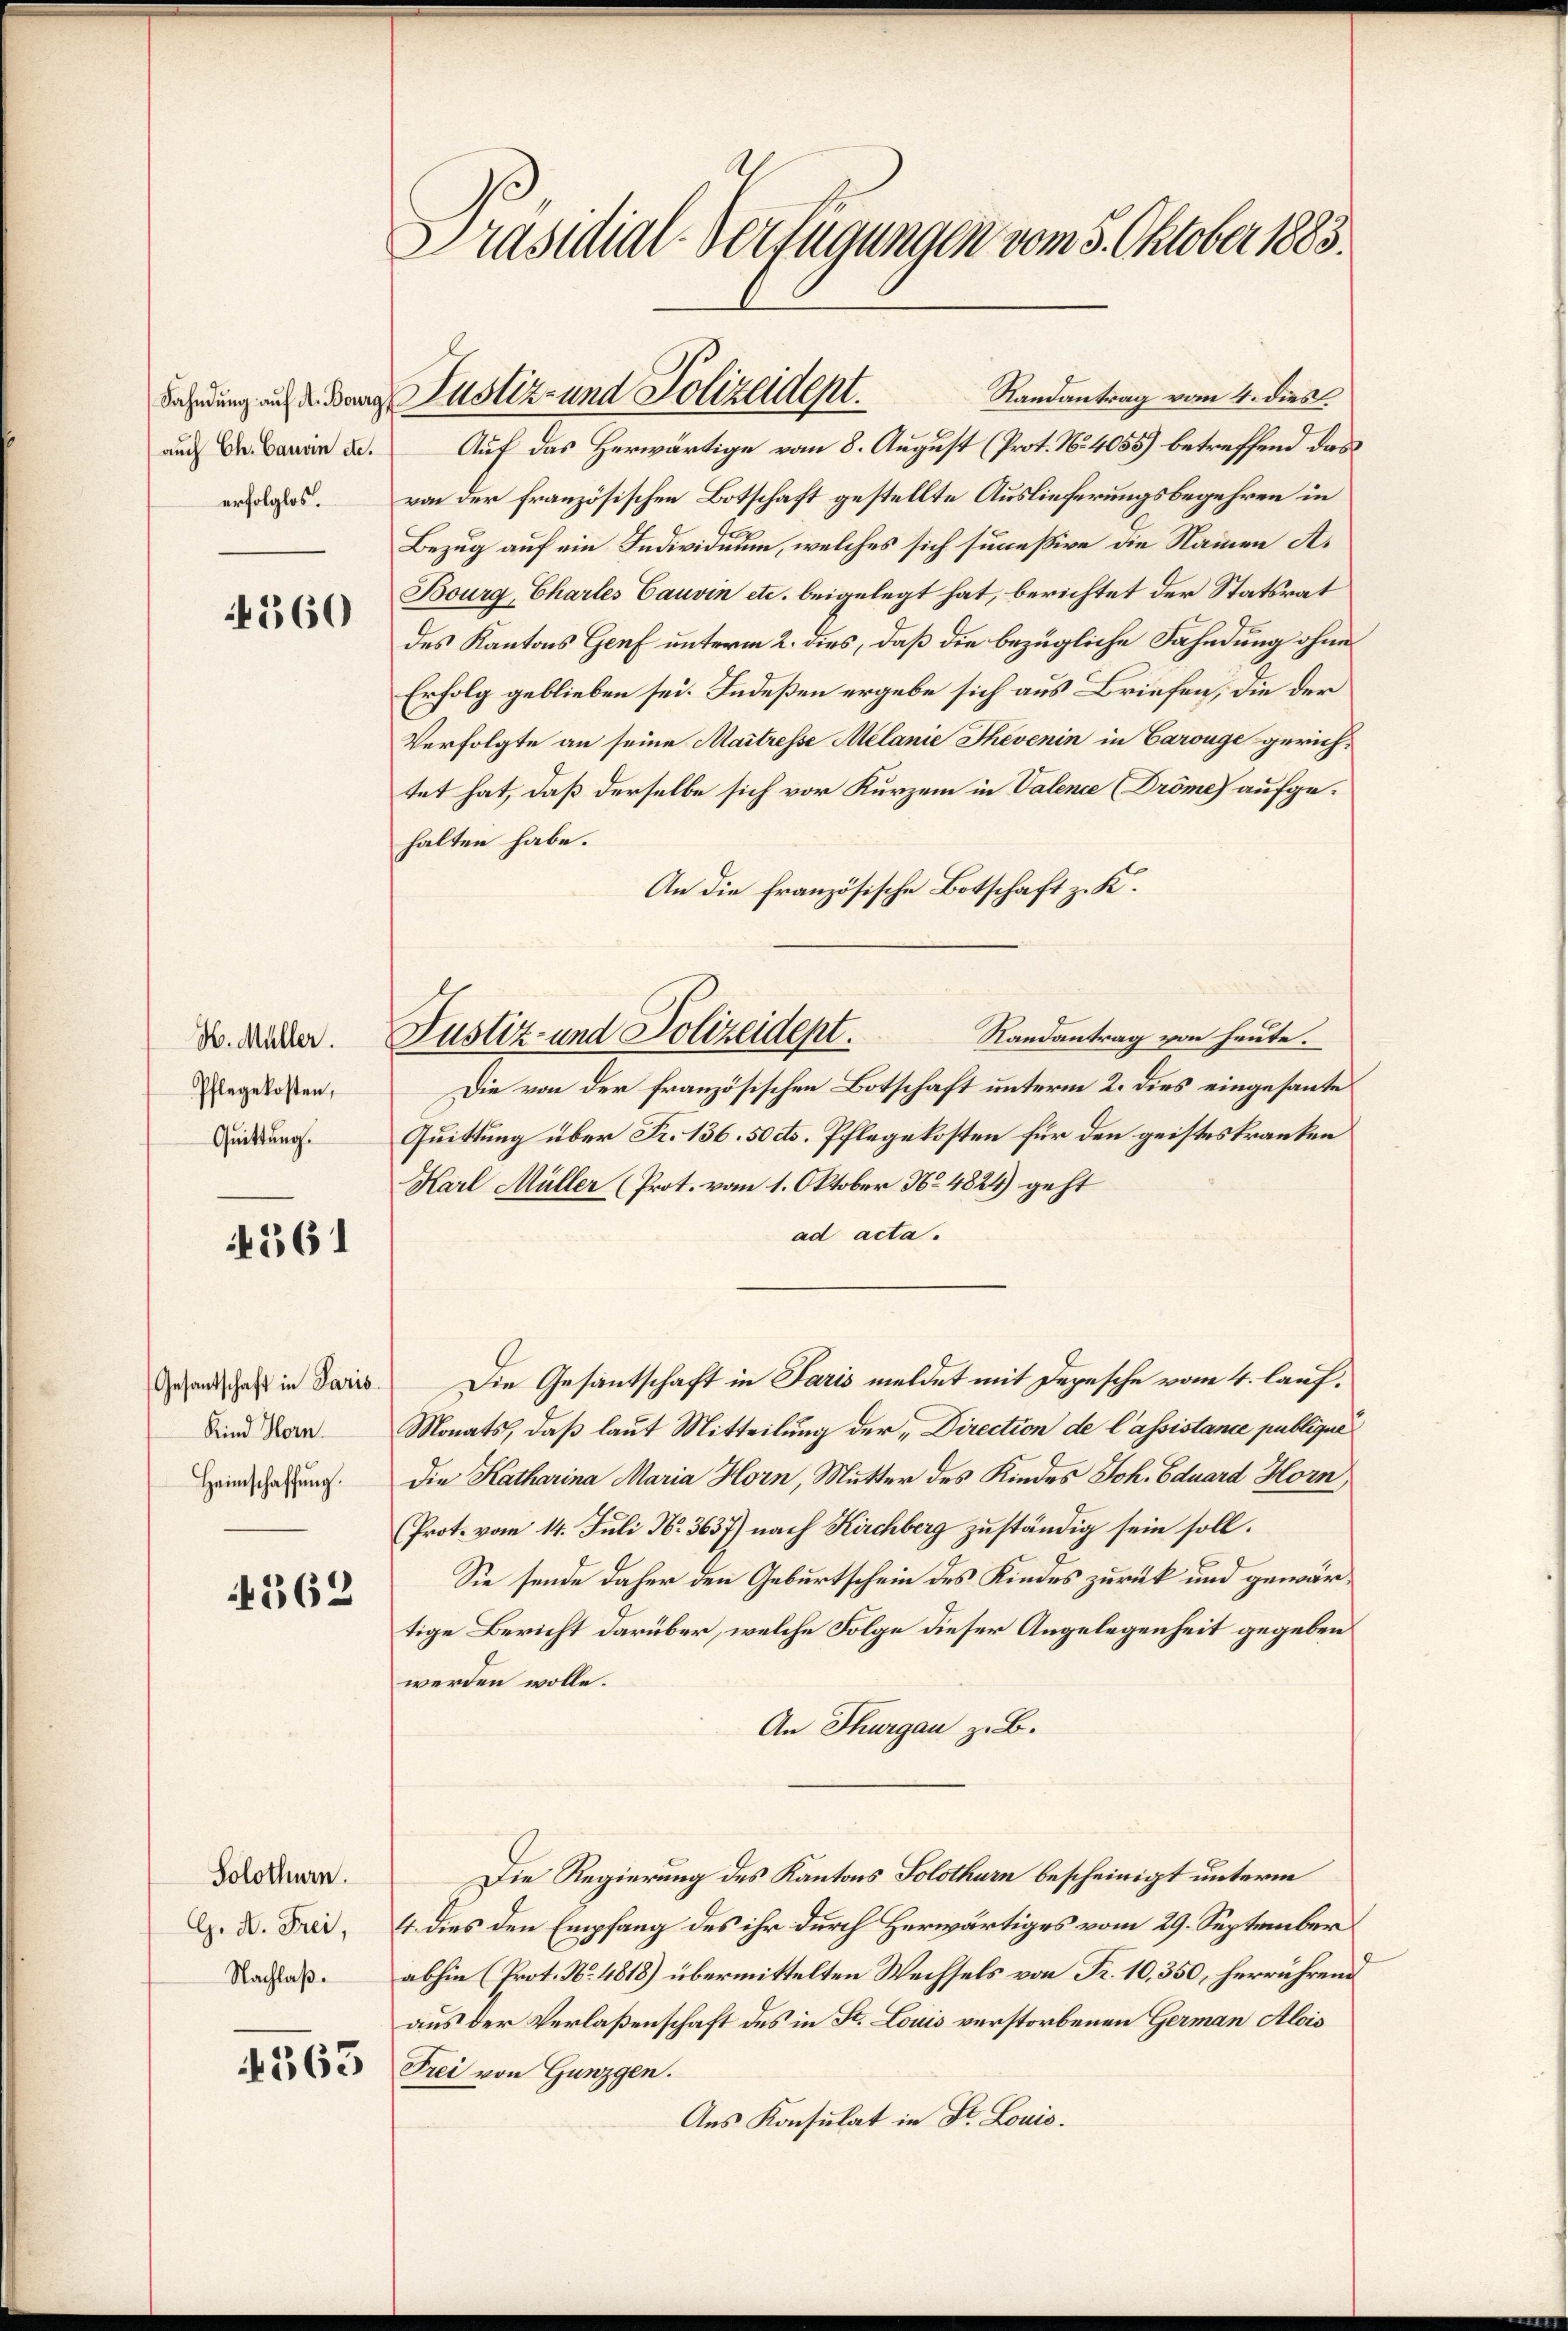
auch Ch. Canon etc.
erfolglos.

4360

H. Müller.
Pflegekosten,
Quittung.

561

Gesantschaft in Paris
Kind Horn
Heimschaffung.

4362

Solothurn.
G. A. Frei,
Nachlaß.

4563

Präsidial-Verfügungen vom 5. Oktober 1883.

Randantrag vom 4. dies
Auf das Herwärtige vom 8. August (Prot. No. 4055) betreffend das
von der Französischen Botschaft gestellte Auslieferungsbegehren in
Bezug auf ein Individuum, welches sich succeßive die Namen A¬
Bourg, Chartes Cauvin etc. beigelegt hat, berichtet der Statsrat
des Kantons Genf unterm 2. dies, daß die bezügliche Fahndung ohne
Erfolg geblieben sei. Indeßen ergebe sich aus Briefen, die der
Verfolgte an seine Maitresse Melanie Thevenin in Carouge gerichtet hat, daß derselbe sich vor Kurzem in Valence (Dröme) aufgehalten habe.
An die französische Botschaft z. K.
Randantrag von heute.
Die von der französischen Botschaft unterm 2. dies eingesante
Quittung über Fr. 136. 50 cts. Pflegekosten für den geisteskranken
Karl Müller (Prot. vom 1. Oktober No. 4824) geht
ad acta.
Die Gesantschaft in Paris meldet mit Depesche vom 4. lauf.
Monats, daß laut Mitteilung der Direction de Cassistance publique
Die Katharina Maria Horn, Mutter des Kindes Joh. Eduard Horn,
Prot. vom 14. Juli N. 3637) nach Kirchberg zuständig sein soll.
Sie sende daher den Geburtschein des Kindes zurück und gewärtige Bericht darüber, welche Folge dieser Angelegenheit gegeben
werden wolle.
An Thurgau z. B.
Die Regierung des Kantons Solothurn bescheinigt unterm
4 dies den Empfang des ihr durch Herwärtiges vom 29. September
abhin (Prot. No. 4818) übermittelten Wechsels von Fr. 10, 350, herrührend
aus der Verlaßenschaft des in St. Louis verstorbenen German Alois
Frei von Gunzgen.
Aus Konsulat in Dr. Louis.

Bahndung auf der Dans Justiz- und Polizeident.

Justiz- und Polizeident.